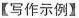
【写作示例】